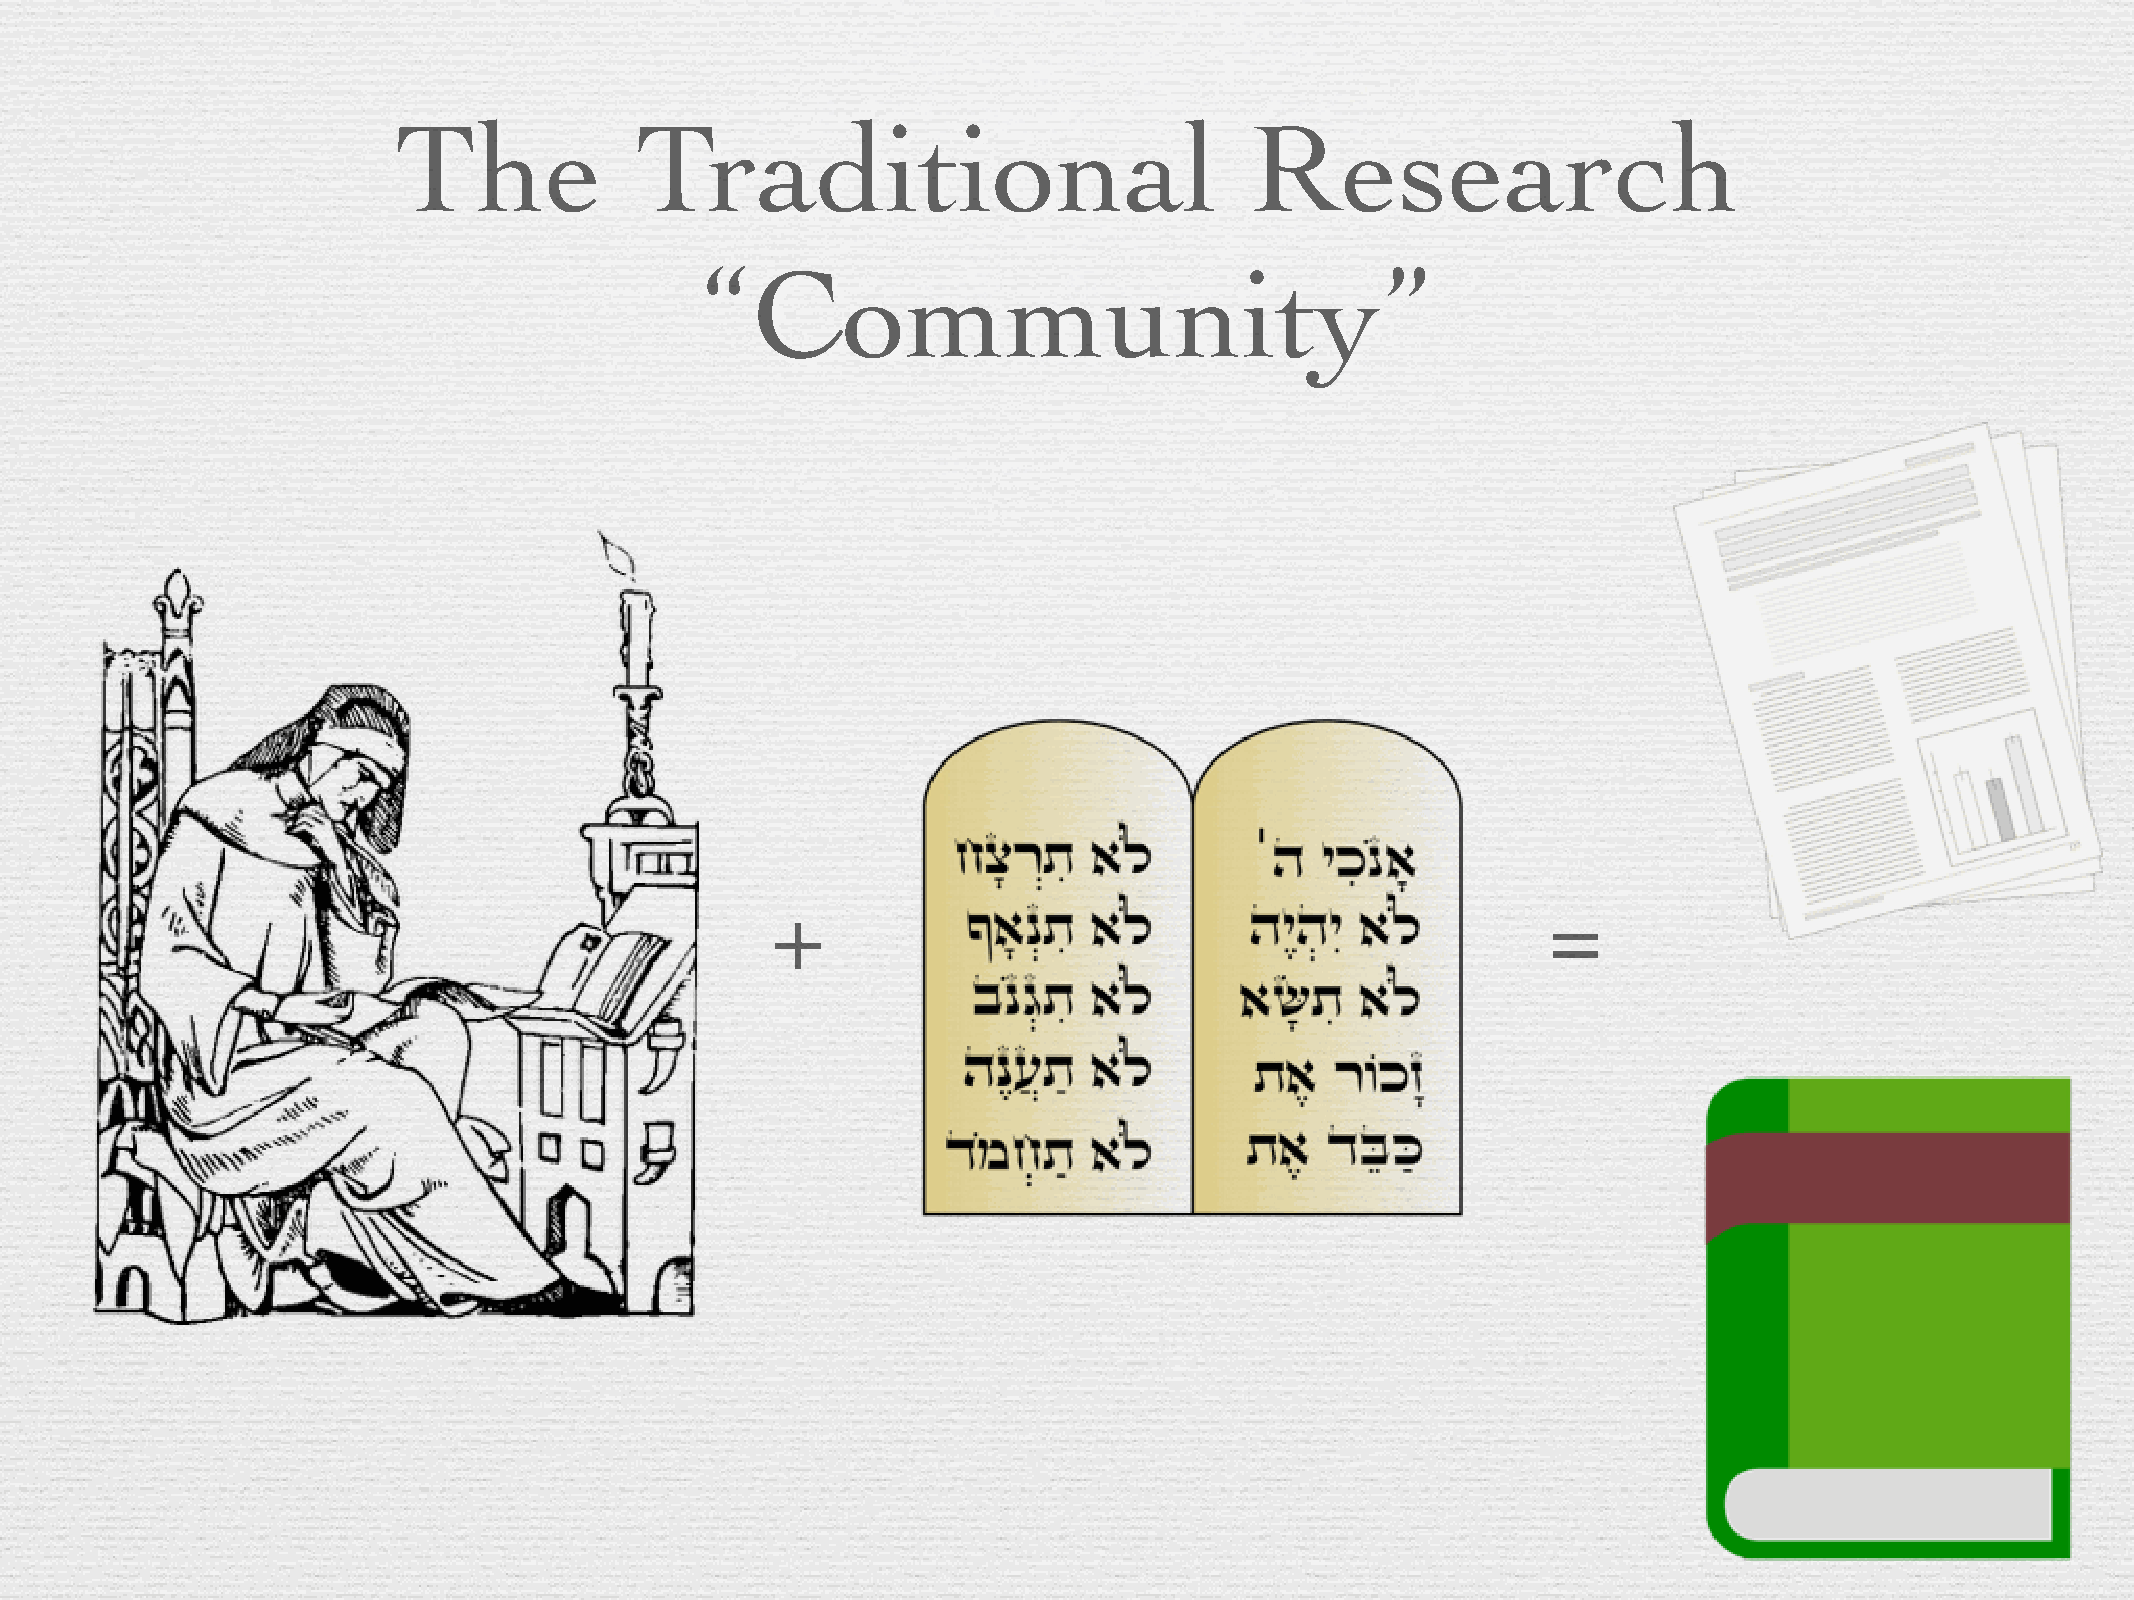
The             Traditional                              Research
 “Community”
 +                                                  =